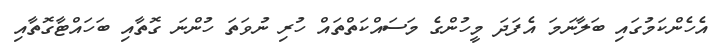
އެހެންކަމުގައި ބަލާނަމަ އެފަދަ މީހުންގެ މަސައްކަތްތައް ހުރި ނުވަތަ ހުންނަ ގޮތާއި ބަހައްޓާގޮތާއި